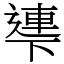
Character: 𠁎